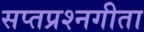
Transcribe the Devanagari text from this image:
सप्तप्रश्नगीता